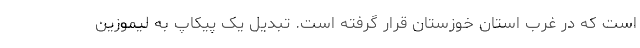
است که در غرب استان خوزستان قرار گرفته است. تبدیل یک پیکاپ به لیموزین